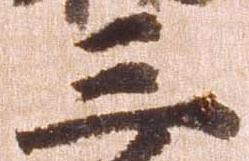
三